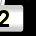
Digit: 2